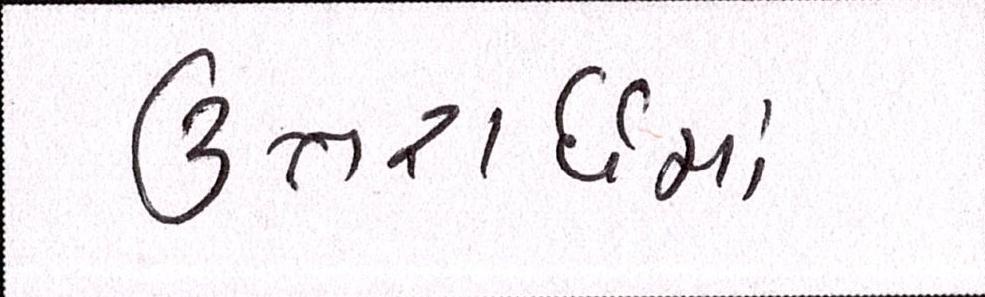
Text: ઉત્તરાર્ધમાં